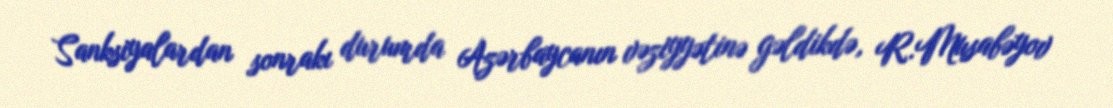
Sanksiyalardan sonrakı durumda Azərbaycanın vəziyyətinə gəldikdə, R.Musabəyov